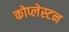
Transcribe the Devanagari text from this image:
कोप्लेस्टन